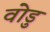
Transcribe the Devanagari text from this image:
वोडु